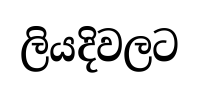
ලියදිවලට